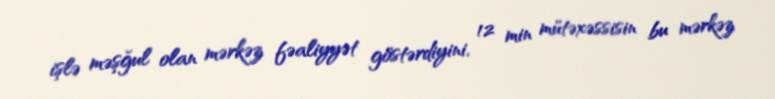
işlə məşğul olan mərkəz fəaliyyət göstərdiyini, 12 min mütəxəssisin bu mərkəz